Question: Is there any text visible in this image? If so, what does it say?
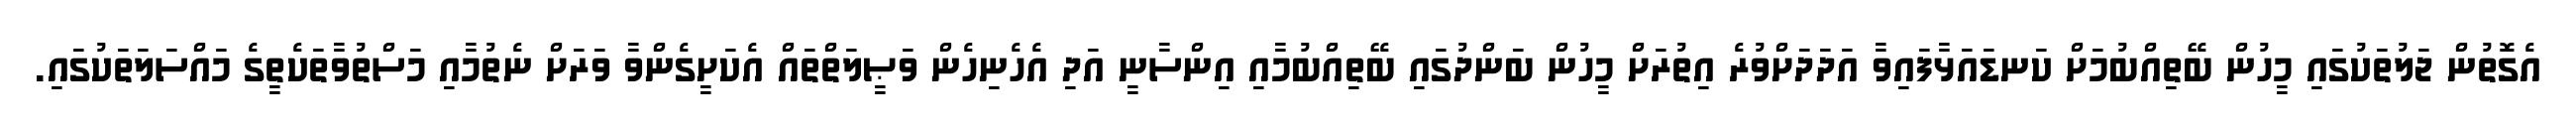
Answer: އެގޮތުން ޖަލުތަކުގައި މީހުން ބޭތިއްބުމަށް ކަނޑައަޅާފައިވާ އަދަދަށްވުރެ އިތުރަށް މީހުން ބަންދުގައި ބޭތިއްބުމާއި އިންސާނީ އަދި އެހެނިހެން ވަޞީލަތްތައް އެކަށީގެންވާ ވަރަށް ނެތުމާއި މަސްތުވާތަކެތީގެ މައްސަލަތަކުގައި.